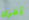
أخرى